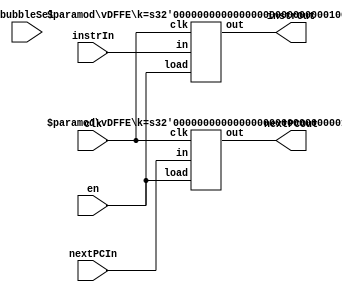
`define opWidth 6
`define regWidth 5
//`define immWidth 16
`define valWidth 32
`define PCWidth 9


module IFID(//input
    clk, en, //allows stalls
    bubbleSel, //sets stage to nop
    instrIn, nextPCIn,
    instrOut, nextPCOut);
    input clk, en, bubbleSel;
    input [`valWidth-1:0]   instrIn;
    input [`PCWidth-1:0]    nextPCIn;
    output [`valWidth-1:0]   instrOut;
    output [`PCWidth-1:0]    nextPCOut;

    vDFFE #(`valWidth) instr    (clk, en, instrIn, instrOut);
    vDFFE #(`PCWidth)  nextPC   (clk, en, nextPCIn, nextPCOut);
endmodule

/*
module IFID(//input
    clk, en, //allows stalls
    bubbleSel, //sets stage to nop
    opCodeIn, rmIn, rnIn, rdIn, immIn, nextPCIn,
    opCodeOut, rmOut, rnOut, rdOut, immOut, nextPCOut);
    input clk, en, bubbleSel;
    input [`opWidth-1:0]    opCodeIn;
    input [`regWidth-1:0]   rmIn, rnIn, rdIn;
    input [`immWidth-1:0]   immIn;
    input [`PCWidth-1:0]    nextPCIn;
    output [`opWidth-1:0]   opCodeOut;
    output [`regWidth-1:0]  rmOut, rnOut, rdOut;
    output [`immWidth-1:0]  immOut;
    output [`PCWidth-1:0]   nextPCOut;

    vDFFE #(`opWidth)  opCode   (clk, en, opCodeIn, opCodeOut);
    vDFFE #(`regWidth) rm       (clk, en, rmIn, rmOut);
    vDFFE #(`regWidth) rn       (clk, en, rnIn, rnOut);
    vDFFE #(`regWidth) rd       (clk, en, rdIn, rdOut);
    vDFFE #(`immWidth) imm      (clk, en, immIn, immOut);
    vDFFE #(`PCWidth)  nextPC   (clk, en, nextPCIn, nextPCOut);
endmodule
*/


module IDEX(//input
    clk, en, //allows stalls
    bubbleSel, //sets stage to nop
    opCodeIn, PCSelIn, immSelIn, valAIn, valBIn, rdIn, sxImmIn, aluOpIn, shiftIn, nextPCIn,
    opCodeOut, PCSelOut, immSelOut, valAOut, valBOut, rdOut, sxImmOut, aluOpOut, shiftOut, nextPCOut);

    input clk, en, PCSelIn, immSelIn, bubbleSel;
    input [`opWidth-1:0]    opCodeIn, aluOpIn;
    input [`regWidth-1:0]   rdIn, shiftIn;
    input [`valWidth-1:0]   sxImmIn, valAIn, valBIn;
    input [`PCWidth-1:0]    nextPCIn;

    output PCSelOut, immSelOut; 
    output [`opWidth-1:0]   opCodeOut, aluOpOut;
    output [`regWidth-1:0]  rdOut, shiftOut;
    output [`valWidth-1:0]  sxImmOut, valAOut, valBOut;
    output [`PCWidth-1:0]   nextPCOut;

    vDFFE PCSel     (clk, en, PCSelIn, PCSelOut);
    vDFFE immSel    (clk, en, immSelIn, immSelOut);
    vDFFE #(`opWidth)  opCode   (clk, en, opCodeIn, opCodeOut);
    vDFFE #(`regWidth) rd       (clk, en, rdIn, rdOut);
    vDFFE #(`opWidth)  aluOp    (clk, en, aluOpIn, aluOpOut);
    vDFFE #(`regWidth) shift    (clk, en, shiftIn, shiftOut);
    vDFFE #(`valWidth) valA     (clk, en, valAIn, valAOut);
    vDFFE #(`valWidth) valB     (clk, en, valBIn, valBOut);
    vDFFE #(`valWidth) sxImm    (clk, en, sxImmIn, sxImmOut);
    vDFFE #(`PCWidth)  nextPC   (clk, en, nextPCIn, nextPCOut);
endmodule

module EXME(//input
    clk, en, //allows stalls
    bubbleSel, //sets stage to nop
    opCodeIn, zeroIn, aluIn, rdIn, sxImmIn, nextPCIn,
    opCodeOut, zeroOut, aluOut, rdOut, sxImmOut, nextPCOut);

    input clk, en, zeroIn, bubbleSel;
    input [`opWidth-1:0]    opCodeIn;
    input [`regWidth-1:0]   rdIn;
    input [`valWidth-1:0]   sxImmIn, aluIn;
    input [`PCWidth-1:0]    nextPCIn;

    output zeroOut; 
    output [`opWidth-1:0]    opCodeOut;
    output [`regWidth-1:0]   rdOut;
    output [`valWidth-1:0]   sxImmOut, aluOut;
    output [`PCWidth-1:0]    nextPCOut;

    vDFFE #(`opWidth)  opCode   (clk, en, opCodeIn, opCodeOut);
    vDFFE zero    (clk, en, zeroIn, zeroOut);
    vDFFE #(`valWidth) alu     (clk, en, aluIn, aluOut);
    vDFFE #(`regWidth) rd       (clk, en, rdIn, rdOut);
    vDFFE #(`valWidth) sxImm    (clk, en, sxImmIn, sxImmOut);
    vDFFE #(`PCWidth)  nextPC   (clk, en, nextPCIn, nextPCOut);
endmodule

module MEWB(//input
    clk, en, //allows stalls
    bubbleSel, //sets stage to nop
    opCodeIn, memIn, aluIn, rdIn, sxImmIn, 
    opCodeOut, memOut, aluOut, rdOut, sxImmOut);

    input clk, en, bubbleSel;
    input [`opWidth-1:0]    opCodeIn;
    input [`regWidth-1:0]   rdIn;
    input [`valWidth-1:0]   sxImmIn, aluIn, memIn;

    output [`opWidth-1:0]    opCodeOut;
    output [`regWidth-1:0]   rdOut;
    output [`valWidth-1:0]   sxImmOut, aluOut, memOut;

    vDFFE #(`opWidth)  opCode   (clk, en, opCodeIn, opCodeOut);
    vDFFE #(`valWidth) alu     (clk, en, aluIn, aluOut);
    vDFFE #(`valWidth) mem     (clk, en, memIn, memOut);
    vDFFE #(`regWidth) rd       (clk, en, rdIn, rdOut);
    vDFFE #(`valWidth) sxImm    (clk, en, sxImmIn, sxImmOut);
endmodule

module vDFFE(clk,load,in,out);
  parameter k=1;
  input clk, load;
  input [k-1:0] in; 
  output reg [k-1:0] out;
  wire [k-1:0] next_out = load ? in : out;
  always @(posedge clk)
    out = next_out;
endmodule

module vDFF(clk,in,out);
  parameter k=1;
  input clk;
  input [k-1:0] in; 
  output reg [k-1:0] out;
  always @(posedge clk)
    out <= in; 
endmodule